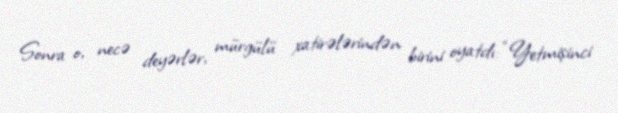
Sonra o, necə deyərlər, mürgülü xatirələrindən birini oyatdı: “Yetmişinci